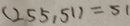
( 2 5 5 , 5 1 ) = 5 1